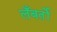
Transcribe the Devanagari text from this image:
लँबर्तो